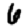
Digit: 6